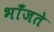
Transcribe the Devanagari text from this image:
भाँजते